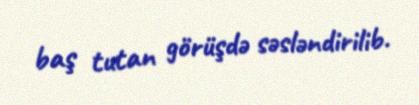
baş tutan görüşdə səsləndirilib.